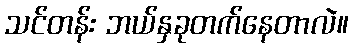
သင်တန်း ဘယ်နှခုတက်နေတာလဲ။